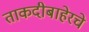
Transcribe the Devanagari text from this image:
ताकदीबाहेरचे